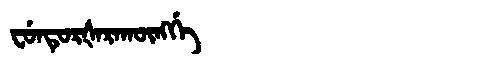
Manchu: ᠸᡠᠨᡨᡠᡵᡧᠠᡵᠠᡴᡡᠩᡤᡝ
Romanization: FUNTURŠARAKŪNGGE